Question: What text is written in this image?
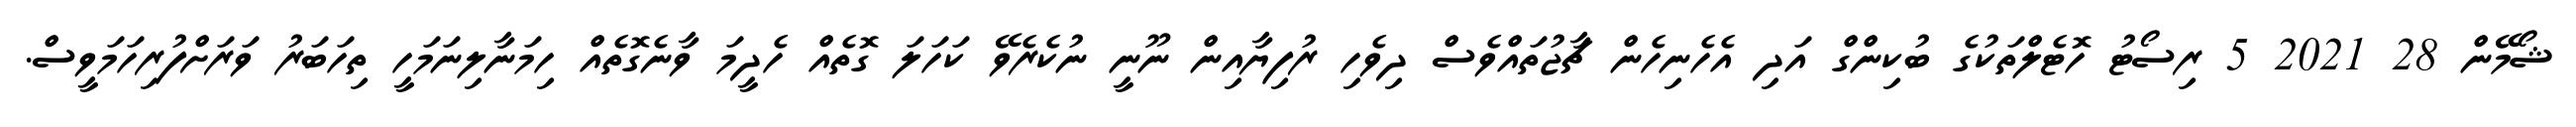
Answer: ޝޯމޭން 28 2021 5 ރިސޯޓު ހޮޓެލްތަކުގެ ބުކިންގް އަދި އެހެނިހެން ޗާޖުތައްވެސް ދިވެހި ރުފިޔާއިން ނޫނީ ނުކެރެވޭ ކަހަލަ ގޮތެއް ހެދީމަ ވާނެގޮތެއް ހިމަނާލިނަމަހީ ތިހަބަރު ވަރަށްފުރިހަމަވީސް.